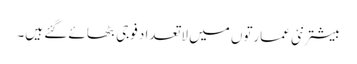
بیشتر نئی عمارتوں میں لاتعداد فوجی بٹھائے گئے ہیں۔